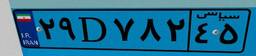
۲۹D۷۸۲۴۵